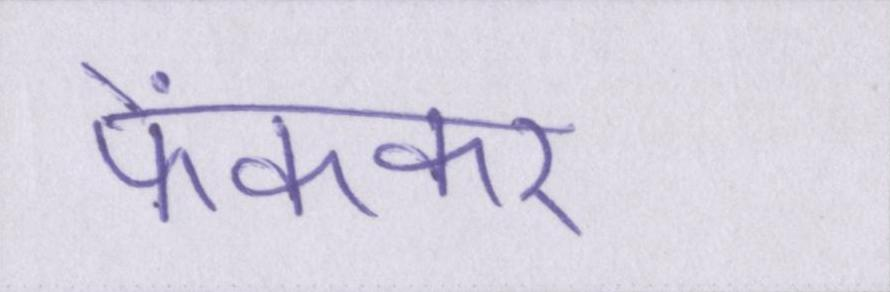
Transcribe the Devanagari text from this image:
फेंककर